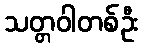
သတ္တဝါတစ်ဦး